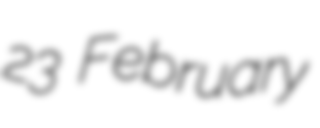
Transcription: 23 February